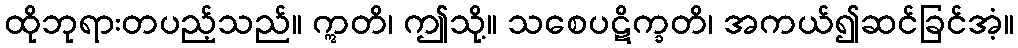
ထိုဘုရားတပည့်သည်။ ဣတိ၊ ဤသို့။ သစေပဋိက္ခတိ၊ အကယ်၍ဆင်ခြင်အံ့။